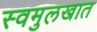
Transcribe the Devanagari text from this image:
स्वमुलखात